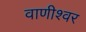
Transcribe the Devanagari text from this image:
वाणीश्वर